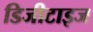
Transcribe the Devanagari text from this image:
डिजीटाइज